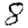
Digit: 8